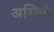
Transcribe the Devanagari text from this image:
अग्निने